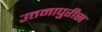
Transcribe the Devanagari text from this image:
उत्तमापुरीस